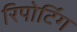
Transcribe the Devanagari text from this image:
रिपोटि॔ंग